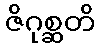
ဇိဂုစ္ဆတိ